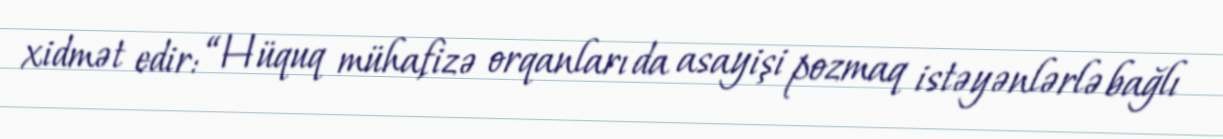
xidmət edir: “Hüquq mühafizə orqanları da asayişi pozmaq istəyənlərlə bağlı